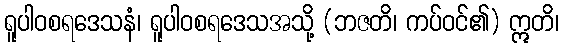
ရူပါဝစရဒေသနံ၊ ရူပါဝစရဒေသအသို့ (ဘဇတိ၊ ကပ်ဝင်၏) ဣတိ၊